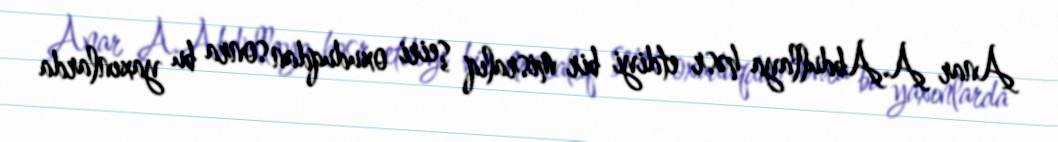
Anar A.Abdullaya həsr etdiyi bir misralıq şeiri oxuduqdan sonra bu yaxınlarda